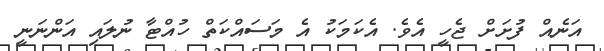
އަނެއް ފުށަށް ޖެހީ އެވެ. އެކަމަކު އެ މަސައްކަތް ހުއްޓާ ނުލައި އަންނަނީ